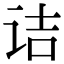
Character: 诘